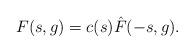
LaTeX: \begin{align*}F(s,g) = c(s) \hat{F}(-s,g). \end{align*}